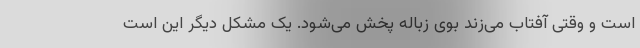
است و وقتی آفتاب می‌زند بوی زباله پخش می‌شود. یک مشکل دیگر این است